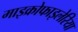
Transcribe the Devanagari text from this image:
माइक्रोफाइलेरिया